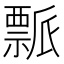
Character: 𬓘